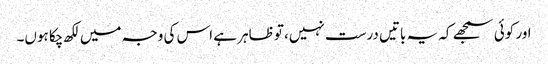
اور کوئی سمجھے کہ یہ باتیں درست نہیں، تو ظاہر ہے اس کی وجہ میں لکھ چکا ہوں۔